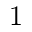
1